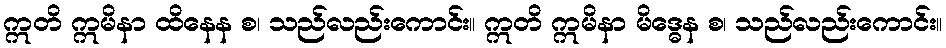
ဣတိ ဣမိနာ ထိနေန စ၊ သည်လည်းကောင်း။ ဣတိ ဣမိနာ မိဒ္ဓေန စ၊ သည်လည်းကောင်း။